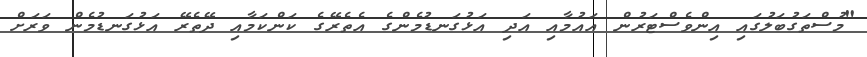
"މުސްތަގުބަލުގައި އިންވެސްޓަރުން އައުމާއި އަދި އަޅުގަނޑުމެންގެ އެތެރޭގެ ކަންކަމާއި ދޭތެރޭ އަޅުގަނޑުމެން ވަަރަށް